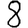
Digit: 8